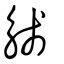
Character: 𧣴